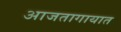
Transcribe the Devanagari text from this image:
आजतागायात